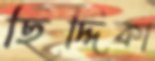
ছিদ্দিকা